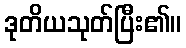
ဒုတိယသုတ်ပြီး၏။